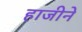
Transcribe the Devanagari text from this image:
हाजीने